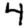
Digit: 4